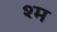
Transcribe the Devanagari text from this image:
श्म